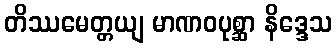
တိဿမေတ္တယျ မာဏဝပုစ္ဆာ နိဒ္ဒေသ